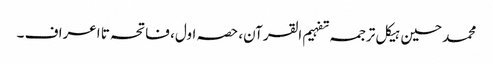
محمد حسین ہیکل ترجمہ تفہیم القرآن، حصہ اول، فاتحہ تا اعراف ۔